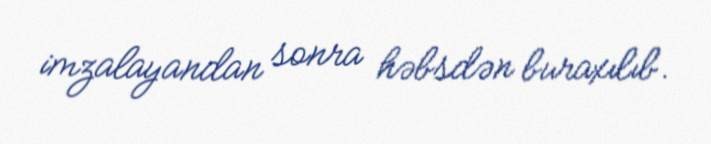
imzalayandan sonra həbsdən buraxılıb.